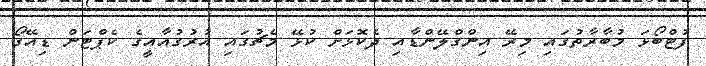
ފުޓްބޯޅަ މުބާރާތުގައި މިރޭ އިންގްލޭންޑާއި ދެކޮޅަށް ކުޅޭ މެޗުގައި އުރުގުއާއީގެ ކެޕްޓަން ޑިއޭގޯ